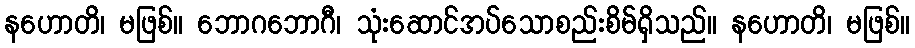
နဟောတိ၊ မဖြစ်။ ဘောဂဘောဂီ၊ သုံးဆောင်အပ်သောစည်းစိမ်ရှိသည်။ နဟောတိ၊ မဖြစ်။